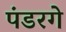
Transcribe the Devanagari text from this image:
पंडरगे